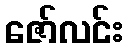
ဇော်လင်း